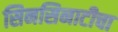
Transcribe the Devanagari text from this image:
सिनसिनाटीचा